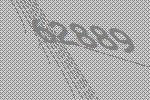
62889